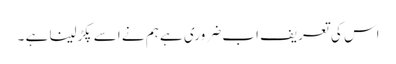
اس کی تعریف اب ضروری ہے ہم نے اسے پکڑلینا ہے ۔